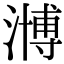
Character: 𣽡